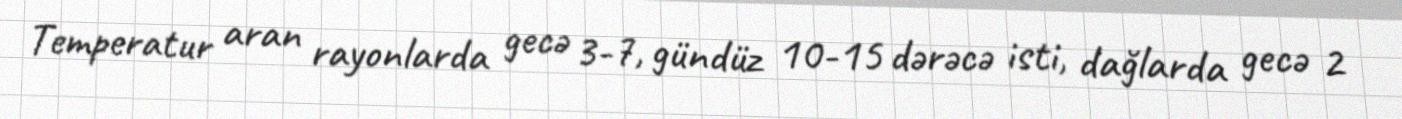
Temperatur aran rayonlarda gecə 3-7, gündüz 10-15 dərəcə isti, dağlarda gecə 2